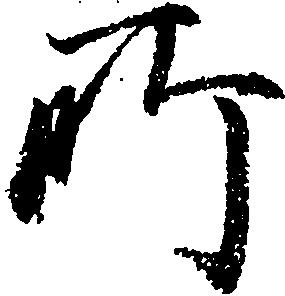
所